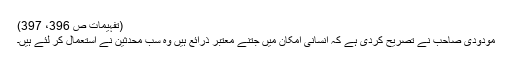
(تفہیمات ص 396، 397)
مودودی صاحب نے تصریح کردی ہے کہ انسانی امکان میں جتنے معتبر ذرائع ہیں وہ سب محدثین نے استعمال کر لئے ہیں۔